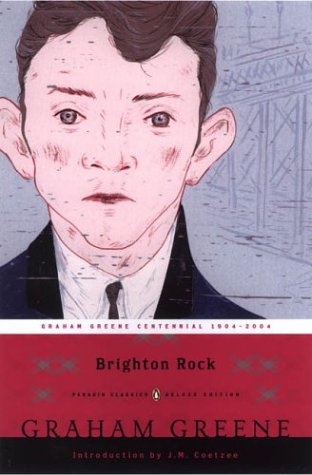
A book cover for Brighton Rock (Penguin Classics Deluxe Edition); Graham Greene; Teen & Young Adult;